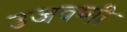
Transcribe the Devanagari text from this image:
उजवणी